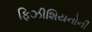
ફિઝીશિયનોની